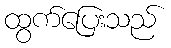
ထွက်ပြေးသည်